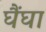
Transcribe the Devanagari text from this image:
घैंघा